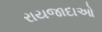
રાયજાદાઓ